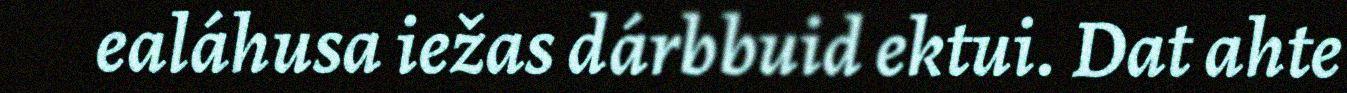
ealáhusa iežas dárbbuid ektui. Dat ahte